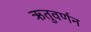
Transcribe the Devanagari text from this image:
ऋतुवर्णन